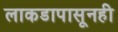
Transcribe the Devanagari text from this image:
लाकडापासूनही